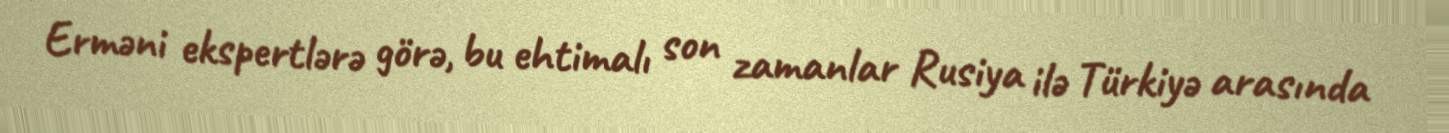
Erməni ekspertlərə görə, bu ehtimalı son zamanlar Rusiya ilə Türkiyə arasında